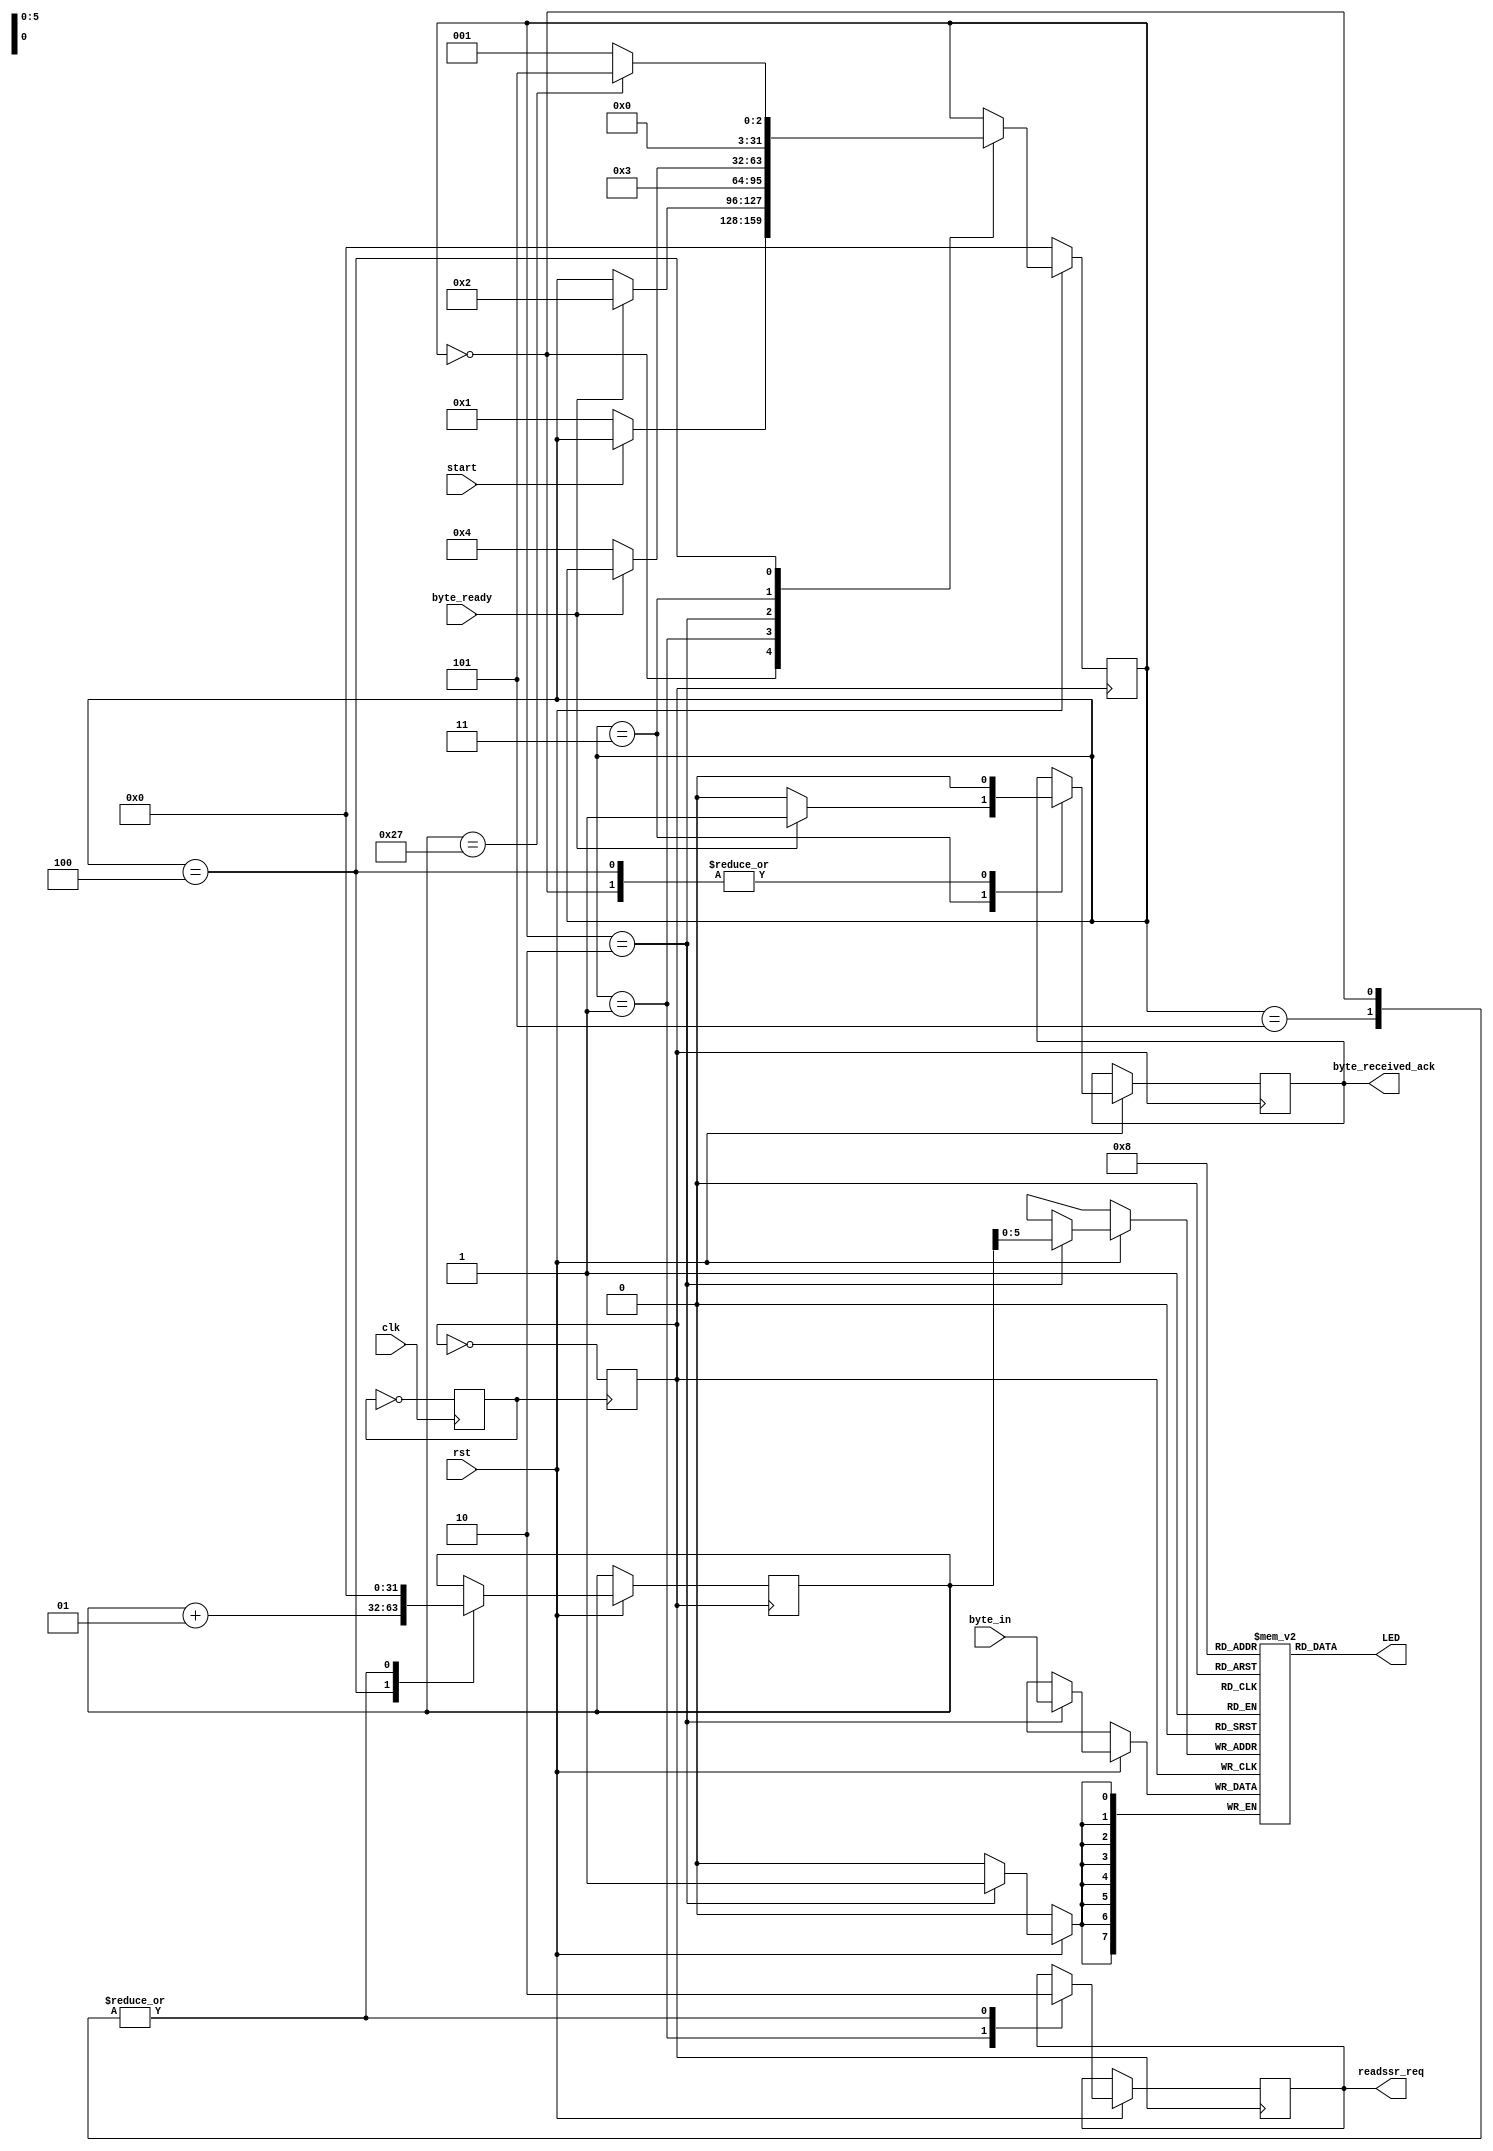
module gpio(
	input rst,
	input clk,
	output reg readssr_req,
	output reg byte_received_ack,
	input byte_ready,
	input [7:0] byte_in,
	input start,
	output[7:0] LED
);

reg clk24 = 0;
reg clk12 = 0;
reg clk6 = 0;

always @(posedge clk) begin
	clk24 <= ~clk24;
end

always @(posedge clk24) begin
	clk12 <= ~clk12;
end

always @(posedge clk12) begin
	clk6 <= ~clk6;
end

integer index = 0;

integer state = 0;

parameter IDLE = 0;
parameter REQ_READSSR = 1;
parameter READ_BYTE = 2;
parameter ACK_BYTE_RECEIVED = 3;
parameter INCREMENT_INDEX = 4;
parameter STOP = 5;

reg[7:0] buffer[0:39];

always @(posedge clk12) begin
	if(!rst) begin
		state <= IDLE;
	end
	else begin
		case(state)
			IDLE: begin
				index <= 0;
				readssr_req <= 1'b0;
				byte_received_ack <= 1'b0;
				if(!start) begin 
					state <= REQ_READSSR;
				end
			end
			
			REQ_READSSR: begin
				readssr_req <= 1'b1;
				if(byte_ready) begin
					state <= READ_BYTE;
				end
			end
			
			READ_BYTE: begin
				//a byte is read here
				buffer[index] <= byte_in;
				state <= ACK_BYTE_RECEIVED;
			end
			
			ACK_BYTE_RECEIVED: begin
				byte_received_ack <= 1'b1;
				// ack and wait for deassertion
				if(!byte_ready) begin
					byte_received_ack <= 1'b0;
					state <= INCREMENT_INDEX;
				end
			end
			
			INCREMENT_INDEX: begin
				byte_received_ack <= 1'b0;
				index <= index + 1;
				if(index == 39) begin //40 bytes
					state <= STOP;
				end else begin
					state <= REQ_READSSR;
				end
			end
			
			STOP: begin
				index <= 0;
				readssr_req <= 1'b0;
			end
			
			default: begin
				//do nothing
			end
			
		endcase
	end
end

assign LED = buffer[8];

endmodule